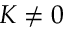
K \neq 0